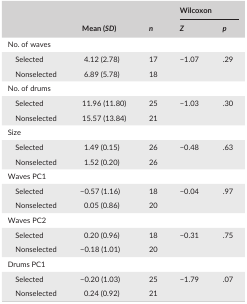
| <ROWSPAN=2>  | <ROWSPAN=2> Mean (SD) | <ROWSPAN=2> n | <COLSPAN=2> Wilcoxon |
 | Z | p |
 | --- | --- | --- | --- | --- |
 | <COLSPAN=5> No. of waves |
 | Selected | 4.12 (2.78) | 17 | <ROWSPAN=2> −1.07 | <ROWSPAN=2> .29 |
 | Nonselected | 6.89 (5.78) | 18 |
 | <COLSPAN=5> No. of drums |
 | Selected | 11.96 (11.80) | 25 | <ROWSPAN=2> −1.03 | <ROWSPAN=2> .30 |
 | Nonselected | 15.57 (13.84) | 21 |
 | <COLSPAN=5> Size |
 | Selected | 1.49 (0.15) | 26 | <ROWSPAN=2> −0.48 | <ROWSPAN=2> .63 |
 | Nonselected | 1.52 (0.20) | 26 |
 | <COLSPAN=5> Waves PC1 |
 | Selected | −0.57 (1.16) | 18 | <ROWSPAN=2> −0.04 | <ROWSPAN=2> .97 |
 | Nonselected | 0.05 (0.86) | 20 |
 | <COLSPAN=5> Waves PC2 |
 | Selected | 0.20 (0.96) | 18 | <ROWSPAN=2> −0.31 | <ROWSPAN=2> .75 |
 | Nonselected | −0.18 (1.01) | 20 |
 | <COLSPAN=5> Drums PC1 |
 | Selected | −0.20 (1.03) | 25 | <ROWSPAN=2> −1.79 | <ROWSPAN=2> .07 |
 | Nonselected | 0.24 (0.92) | 21 |